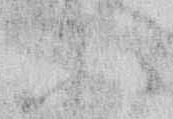
楽